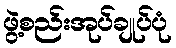
ဖွဲ့စည်းအုပ်ချုပ်ပုံ